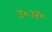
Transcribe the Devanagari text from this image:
उ॰अ॰